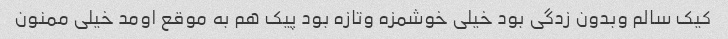
کیک سالم وبدون زدگی بود خیلی خوشمزه وتازه بود پیک هم به موقع اومد خیلی ممنون